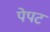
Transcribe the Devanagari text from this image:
पेपट